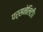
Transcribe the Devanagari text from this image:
पर्सनेलिटी।